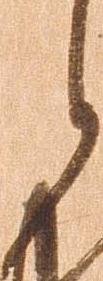
候